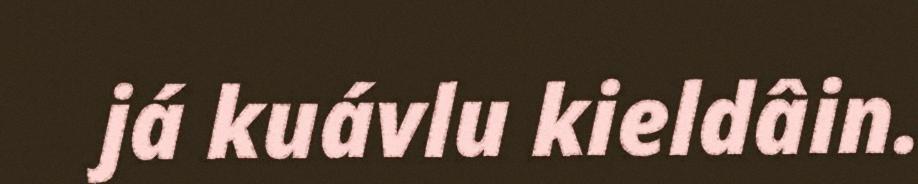
já kuávlu kieldâin.